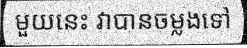
មួយនេះ វាបានចម្លងទៅ